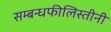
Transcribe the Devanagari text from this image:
सम्बन्धफीलिस्तीनी